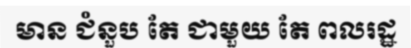
មាន ជំនួប តែ ជាមួយ តែ ពលរដ្ឋ